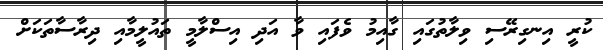
ކުރީ އިނގިރޭސި ވިލާތުގައި ގާއިމު ވެފައި ވާ އަދި އިސްލާމީ ތައުލީމާއި ދިރާސާތަކަށް